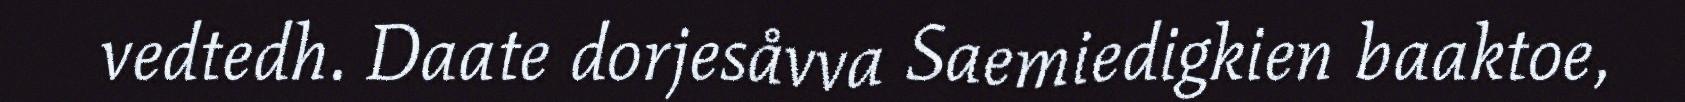
vedtedh. Daate dorjesåvva Saemiedigkien baaktoe,